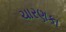
ચારણકા